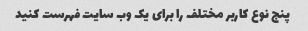
پنج نوع کاربر مختلف را برای یک وب سایت فهرست کنید